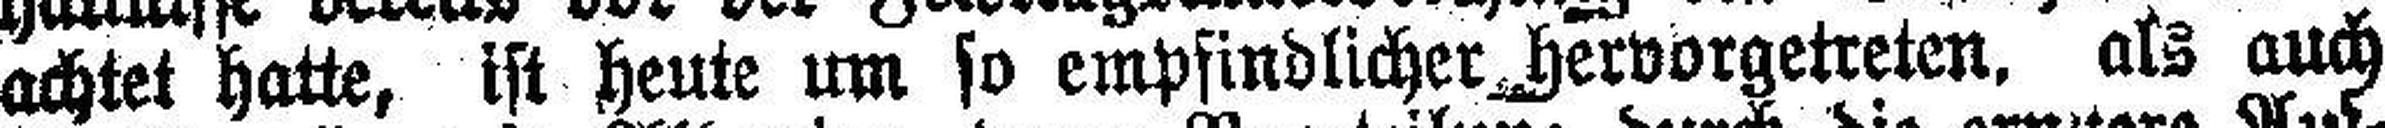
achtet hatte, ist heute um so empfindlicher hervorgetreten, als auch